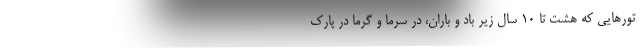
تور‌هایی که هشت تا ۱۰ سال زیر باد و باران، در سرما و گرما در پارک